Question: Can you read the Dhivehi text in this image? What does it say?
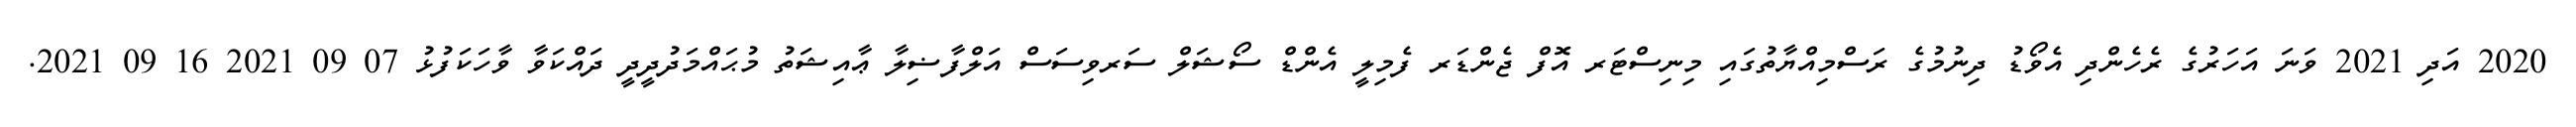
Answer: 2020 އަދި 2021 ވަނަ އަހަރުގެ ރެހެންދި އެވޯޑު ދިނުމުގެ ރަސްމިއްޔާތުގައި މިނިސްޓަރ އޮފް ޖެންޑަރ ފެމިލީ އެންޑް ސޯޝަލް ސަރވިސަސް އަލްފާޟިލާ ޢާއިޝަތު މުޙައްމަދުދީދީ ދައްކަވާ ވާހަކަފުޅު 07 09 2021 16 09 2021.